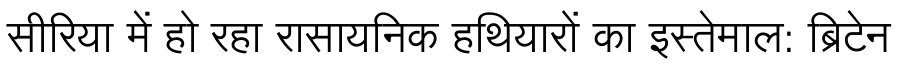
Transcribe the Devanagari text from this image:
सीरिया में हो रहा रासायनिक हथियारों का इस्तेमाल: ब्रिटेन